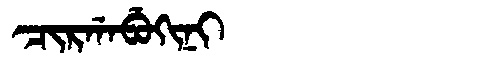
Manchu: ᠴᡳᡵᡤᠠᠪᡠᡴᡳᠨᡳ
Romanization: CIRGABUKINI